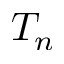
T _ { n }